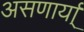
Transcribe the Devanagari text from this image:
असणार्या्